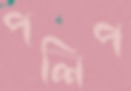
পলিপ